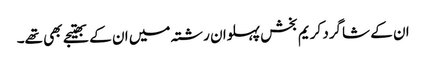
ان کے شاگرد کریم بخش پہلوان رشتہ میں ان کے بھتیجے بھی تھے۔